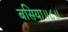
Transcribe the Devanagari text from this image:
बसिया॥८॥